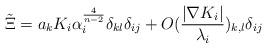
LaTeX: \begin{align*}\tilde \Xi=a_{k}K_{i}\alpha_{i}^{\frac{4}{n-2}}\delta_{kl}\delta_{ij} +O(\frac{\vert \nabla K_{i}\vert}{\lambda_{i}})_{k,l}\delta_{ij} \end{align*}